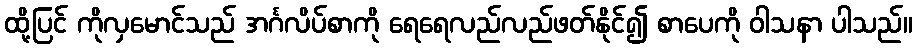
ထို့ပြင် ကိုလှမောင်သည် အင်္ဂလိပ်စာကို ရေရေလည်လည်ဖတ်နိုင်၍ စာပေကို ဝါသနာ ပါသည်။